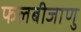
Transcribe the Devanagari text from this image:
फलबीजाणु